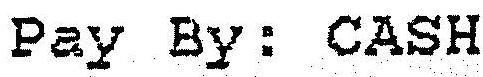
PAY BY : CASH